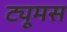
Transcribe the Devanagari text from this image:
ट्यूमस